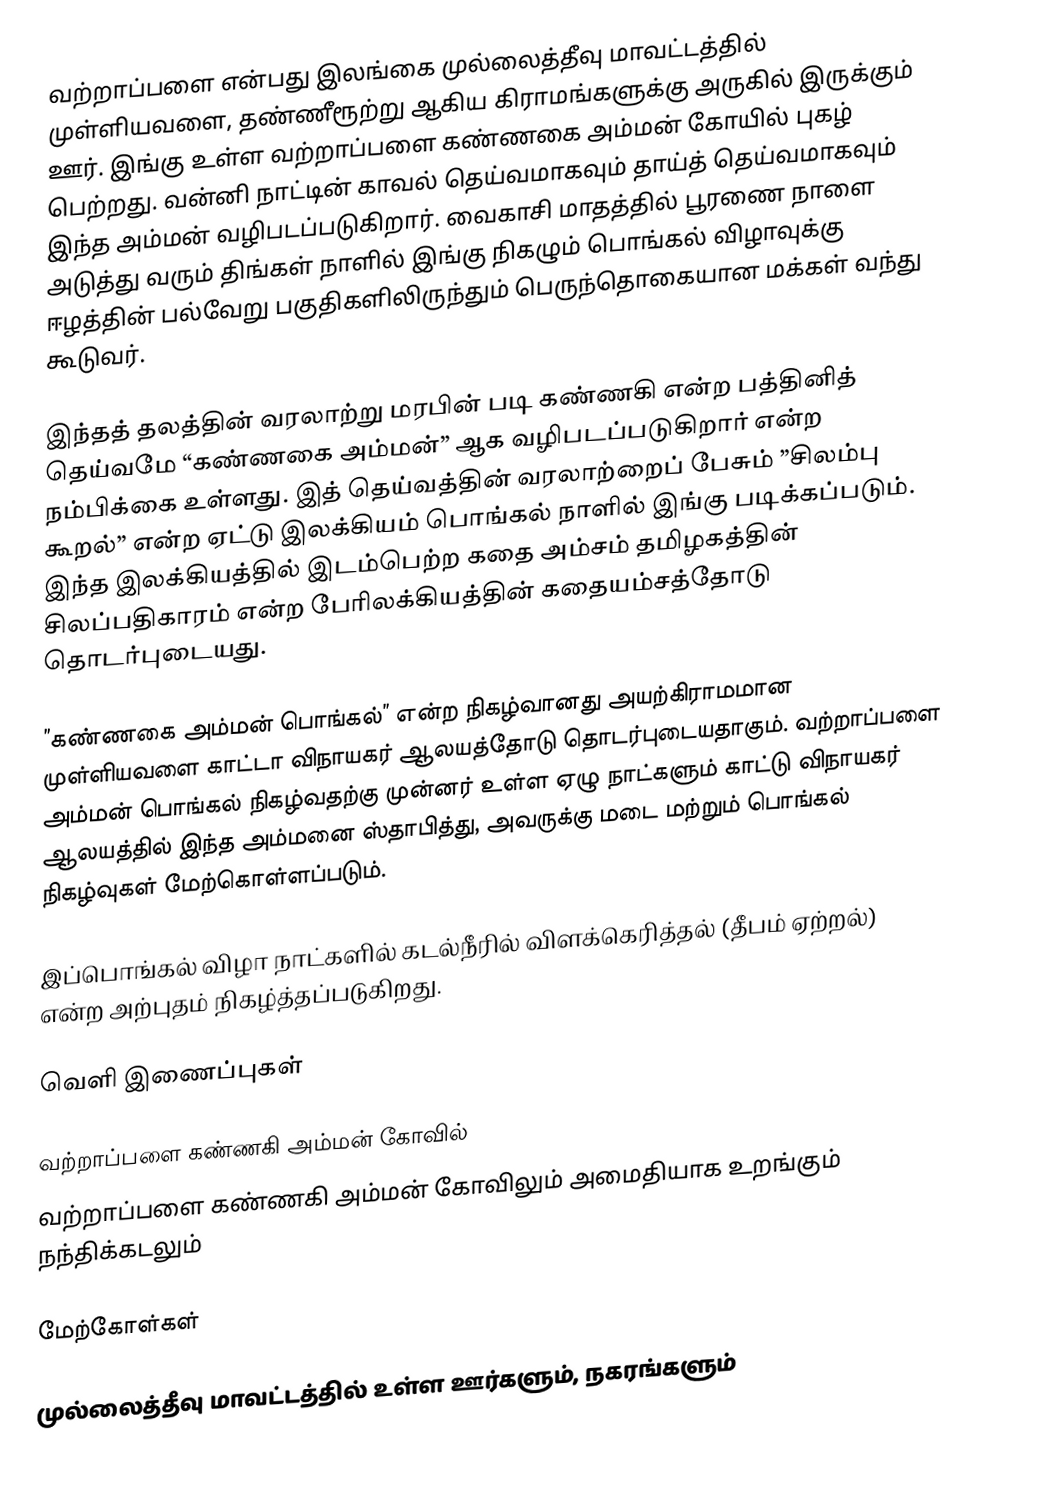
வற்றாப்பளை என்பது இலங்கை முல்லைத்தீவு மாவட்டத்தில் முள்ளியவளை, தண்ணீரூற்று ஆகிய கிராமங்களுக்கு அருகில் இருக்கும் ஊர். இங்கு உள்ள வற்றாப்பளை கண்ணகை அம்மன் கோயில் புகழ் பெற்றது. வன்னி நாட்டின் காவல் தெய்வமாகவும் தாய்த் தெய்வமாகவும் இந்த அம்மன் வழிபடப்படுகிறார். வைகாசி மாதத்தில் பூரணை நாளை அடுத்து வரும் திங்கள் நாளில் இங்கு நிகழும் பொங்கல் விழாவுக்கு ஈழத்தின் பல்வேறு பகுதிகளிலிருந்தும் பெருந்தொகையான மக்கள் வந்து கூடுவர்.

இந்தத் தலத்தின் வரலாற்று மரபின் படி கண்ணகி என்ற பத்தினித் தெய்வமே “கண்ணகை அம்மன்” ஆக வழிபடப்படுகிறார் என்ற நம்பிக்கை உள்ளது. இத் தெய்வத்தின் வரலாற்றைப் பேசும் ”சிலம்பு கூறல்” என்ற ஏட்டு இலக்கியம் பொங்கல் நாளில் இங்கு படிக்கப்படும். இந்த இலக்கியத்தில் இடம்பெற்ற கதை அம்சம் தமிழகத்தின் சிலப்பதிகாரம் என்ற பேரிலக்கியத்தின் கதையம்சத்தோடு தொடர்புடையது.

”கண்ணகை அம்மன் பொங்கல்” என்ற நிகழ்வானது அயற்கிராமமான முள்ளியவளை காட்டா விநாயகர் ஆலயத்தோடு தொடர்புடையதாகும். வற்றாப்பளை அம்மன் பொங்கல் நிகழ்வதற்கு முன்னர் உள்ள ஏழு நாட்களும் காட்டு விநாயகர் ஆலயத்தில் இந்த அம்மனை ஸ்தாபித்து, அவருக்கு மடை மற்றும் பொங்கல் நிகழ்வுகள் மேற்கொள்ளப்படும்.

இப்பொங்கல் விழா நாட்களில் கடல்நீரில் விளக்கெரித்தல் (தீபம் ஏற்றல்) என்ற அற்புதம் நிகழ்த்தப்படுகிறது.

வெளி இணைப்புகள்

 வற்றாப்பளை கண்ணகி அம்மன் கோவில்
 வற்றாப்பளை கண்ணகி அம்மன் கோவிலும் அமைதியாக உறங்கும் நந்திக்கடலும்

மேற்கோள்கள்

முல்லைத்தீவு மாவட்டத்தில் உள்ள ஊர்களும், நகரங்களும்